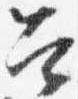
召